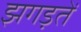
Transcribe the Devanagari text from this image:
झगड़तें